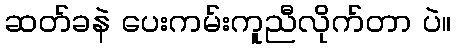
ဆတ်ခနဲ ပေးကမ်းကူညီလိုက်တာ ပဲ။